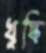
খুষ্কি